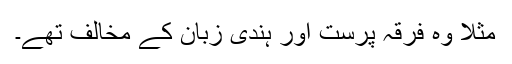
مثلاً وہ فرقہ پرست اور ہندی زبان کے مخالف تھے۔